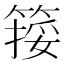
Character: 𥱮